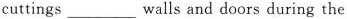
cuttings___walls and doors during the